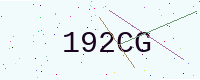
Text: 192CG